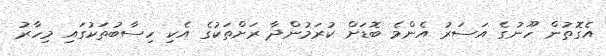
އެގޮތުން ހޫނުގެ އަސަރު އެންމެ ބޮޑަށް ކުރަމުންދާ ރަށްތަކުގެ އެކި ހިސާބުތަކުގައި މިހާރު